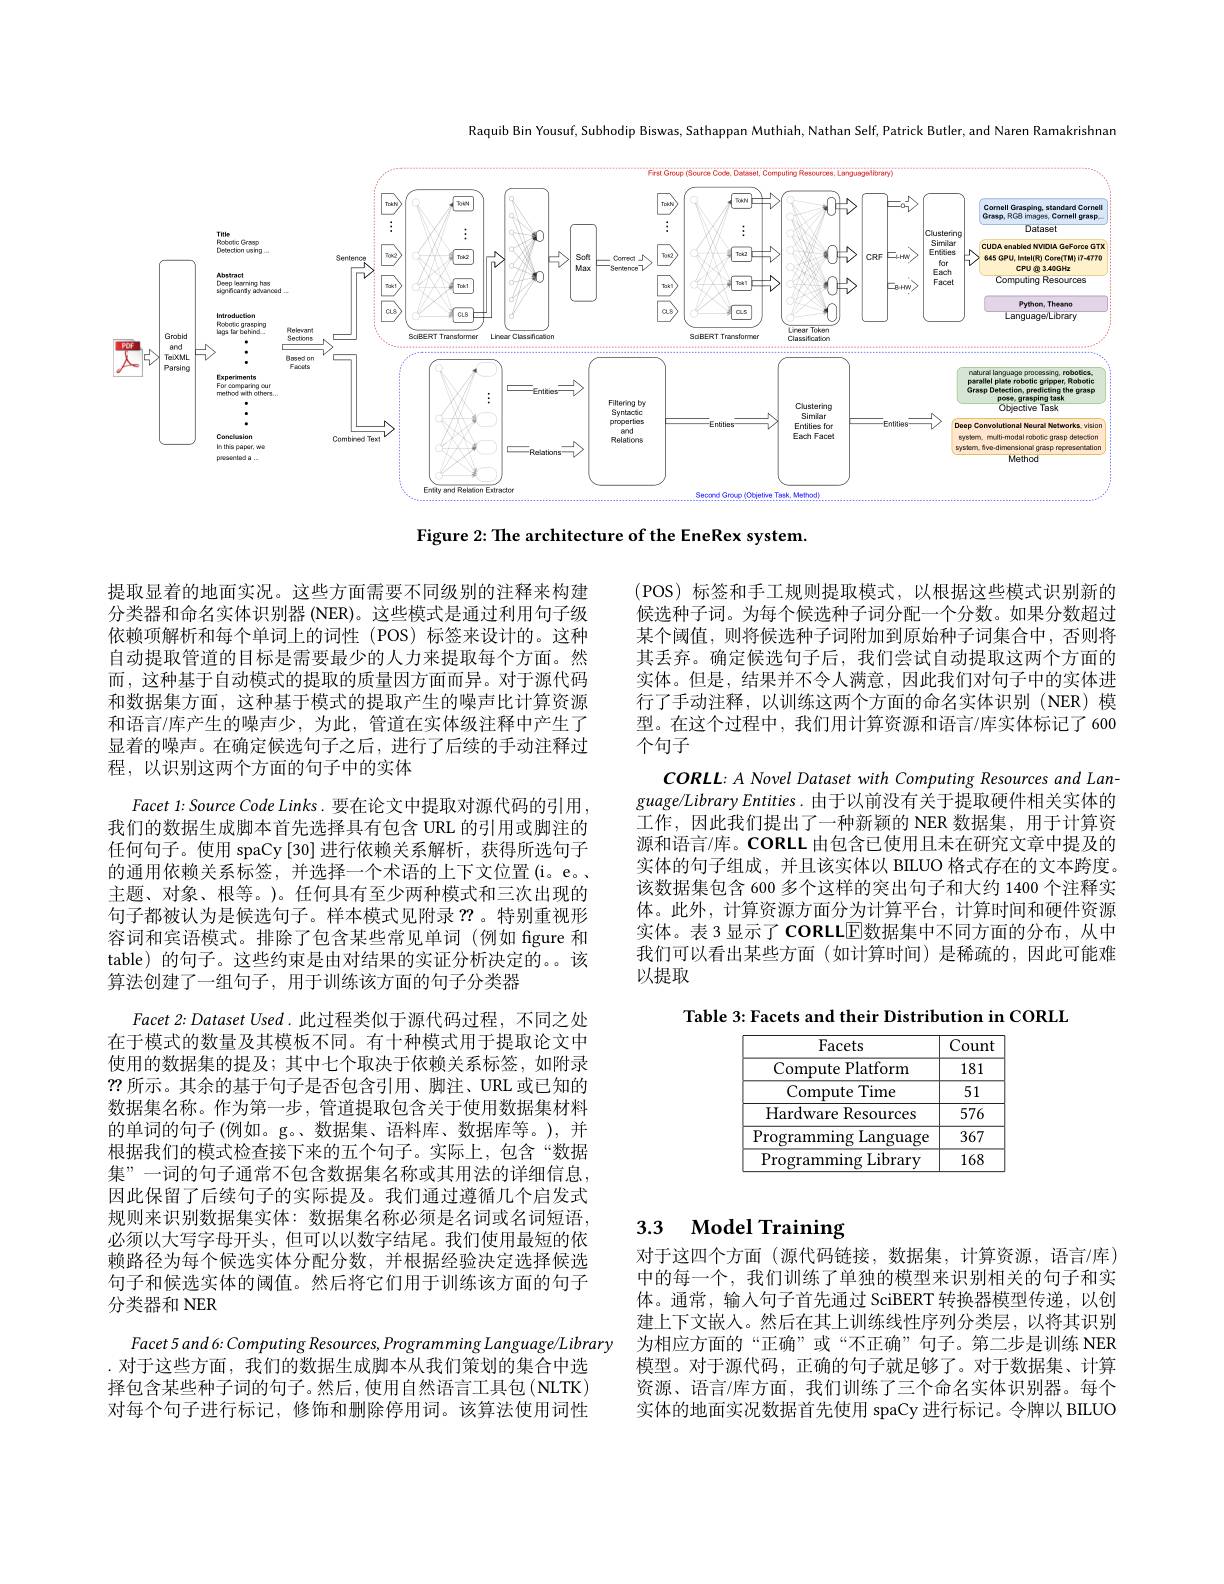
Raquib Bin Yousuf, Subhodip Biswas, Sathappan Muthiah, Nathan Self, Patrick Butler, and Naren Ramakrishnar

<FigureHere>

Figure 2: The architecture of the EneRex system.

(POS)标签和手工规则提取模式，以根据这些模式识别新的候选种子词。为每个候选种子词分配一个分数。如果分数超过某个阈值，则将候选种子词附加到原始种子词集合中，否则将其丢弃。确定候选句子后，我们尝试自动提取这两个方面的实体。但是，结果并不令人满意，因此我们对句子中的实体进行了手动注释，以训练这两个方面的命名实体识别(NER)模型。在这个过程中，我们用计算资源和语言/库实体标记了600个句子
CORLL: A Novel Dataset with Computing Resources and Language/Library Entities. 由于以前没有关于提取硬件相关实体的工作，因此我们提出了一种新颖的 NER 数据集，用于计算资源和语言/库。$\mathbf{CORLL}_{\text{由包含已使用且未在研究文章中提及的}}$ 实体的句子组成，并且该实体以 BILUO 格式存在的文本跨度。该数据集包含 600 多个这样的突出句子和大约 1400 个注释实体。此外，计算资源方面分为计算平台，计算时间和硬件资源实体。表 3 显示了 $\operatorname{coRLLE}$数据集中不同方面的分布，从中我们可以看出某些方面(如计算时间)是稀疏的，因此可能难以提取

提取显着的地面实况。这些方面需要不同级别的注释来构建分类器和命名实体识别器 (NER)。这些模式是通过利用句子级依赖项解析和每个单词上的词性 (POS) 标签来设计的。这种自动提取管道的目标是需要最少的人力来提取每个方面。然而，这种基于自动模式的提取的质量因方面而异。对于源代码和数据集方面，这种基于模式的提取产生的噪声比计算资源和语言/库产生的噪声少，为此，管道在实体级注释中产生了显着的噪声。在确定候选句子之后，进行了后续的手动注释过程，以识别这两个方面的句子中的实体
Facet 1: Source Code Links. 要在论文中提取对源代码的引用， 我们的数据生成脚本首先选择具有包含 URL 的引用或脚注的任何句子。使用 spaCy[30] 进行依赖关系解析，获得所选句子的通用依赖关系标签，并选择一个术语的上下文位置(i。e。、 主题、对象、根等。)。任何具有至少两种模式和三次出现的句子都被认为是候选句子。样本模式见附录？?。特别重视形容词和宾语模式。排除了包含某些常见单词(例如 figure 和table) 的句子。这些约束是由对结果的实证分析决定的。该算法创建了一组句子，用于训练该方面的句子分类器
$Facet~2:Dataset~Used~.~此过程类似于源代码过程，不同之处$ 在于模式的数量及其模板不同。有十种模式用于提取论文中使用的数据集的提及；其中七个取决于依赖关系标签，如附录??所示。其余的基于句子是否包含引用、脚注、URL 或已知的数据集名称。作为第一步，管道提取包含关于使用数据集材料的单词的句子(例如。g。、数据集、语料库、数据库等。),并根据我们的模式检查接下来的五个句子。实际上，包含“数据集”一词的句子通常不包含数据集名称或其用法的详细信息， 因此保留了后续句子的实际提及。我们通过遵循几个启发式规则来识别数据集实体：数据集名称必须是名词或名词短语， 必须以大写字母开头，但可以以数字结尾。我们使用最短的依赖路径为每个候选实体分配分数，并根据经验决定选择候选句子和候选实体的阈值。然后将它们用于训练该方面的句子分类器和 NER
Facet 5 and 6: Computing Resources, Programming Language/ Library
.对于这些方面，我们的数据生成脚本从我们策划的集合中选

Table 3: Facets and their Distribution in CORLL

<table>
	<tbody>
		<tr>
			<th>Facets</th>
			<th>Count</th>
		</tr>
		<tr>
			<td>Compute Platform</td>
			<td>181</td>
		</tr>
		<tr>
			<td>Compute $\because$Time ·</td>
			<td>51</td>
		</tr>
		<tr>
			<td>Hardware Resources</td>
			<td>576</td>
		</tr>
		<tr>
			<td>Programming Language</td>
			<td>367</td>
		</tr>
		<tr>
			<td>Programming Library </td>
			<td>168</td>
		</tr>
	</tbody>
</table>

# 3.3 Model Training

对于这四个方面(源代码链接，数据集，计算资源，语言/库) 中的每一个，我们训练了单独的模型来识别相关的句子和实体。通常，输入句子首先通过 SciBERT 转换器模型传递，以创建上下文嵌入。然后在其上训练线性序列分类层，以将其识别为相应方面的“正确”或“不正确”句子。第二步是训练 NER 模型。对于源代码，正确的句子就足够了。对于数据集、计算资源、语言/库方面，我们训练了三个命名实体识别器。每个实体的地面实况数据首先使用 spaCy 进行标记。令牌以 BILUO

择包含某些种子词的句子。然后，使用自然语言工具包(NLTK) 对每个句子进行标记，修饰和删除停用词。该算法使用词性